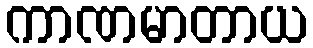
ကာဏမာတာယ